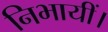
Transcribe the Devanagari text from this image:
निभायीं।